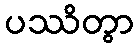
ပဿိတွာ